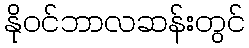
နိုဝင်ဘာလဆန်းတွင်